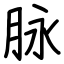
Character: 脉